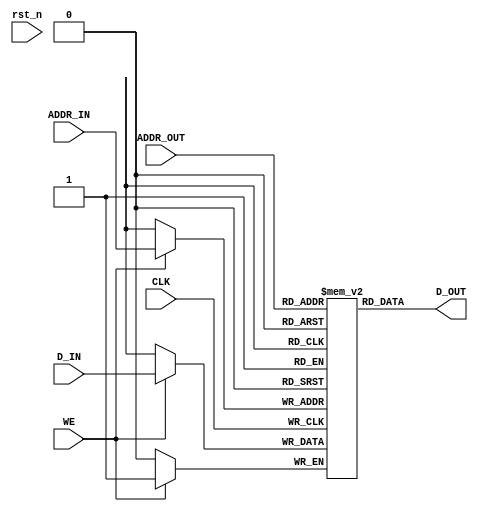
/*
 * These source files contain a hardware description of a network
 * automatically generated by CONNECT (CONfigurable NEtwork Creation Tool).
 *
 * This product includes a hardware design developed by Carnegie Mellon
 * University.
 *
 * Copyright (c) 2012 by Michael K. Papamichael, Carnegie Mellon University
 *
 * For more information, see the CONNECT project website at:
 *   http://www.ece.cmu.edu/~mpapamic/connect
 *
 * This design is provided for internal, non-commercial research use only, 
 * cannot be used for, or in support of, goods or services, and is not for
 * redistribution, with or without modifications.
 * 
 * You may not use the name "Carnegie Mellon University" or derivations
 * thereof to endorse or promote products derived from this software.
 *
 * THE SOFTWARE IS PROVIDED "AS-IS" WITHOUT ANY WARRANTY OF ANY KIND, EITHER
 * EXPRESS, IMPLIED OR STATUTORY, INCLUDING BUT NOT LIMITED TO ANY WARRANTY
 * THAT THE SOFTWARE WILL CONFORM TO SPECIFICATIONS OR BE ERROR-FREE AND ANY
 * IMPLIED WARRANTIES OF MERCHANTABILITY, FITNESS FOR A PARTICULAR PURPOSE,
 * TITLE, OR NON-INFRINGEMENT.  IN NO EVENT SHALL CARNEGIE MELLON UNIVERSITY
 * BE LIABLE FOR ANY DAMAGES, INCLUDING BUT NOT LIMITED TO DIRECT, INDIRECT,
 * SPECIAL OR CONSEQUENTIAL DAMAGES, ARISING OUT OF, RESULTING FROM, OR IN
 * ANY WAY CONNECTED WITH THIS SOFTWARE (WHETHER OR NOT BASED UPON WARRANTY,
 * CONTRACT, TORT OR OTHERWISE).
 *
 */


///////////////////////////////////
// RegFile_1ports Verilog module
///////////////////////////////////

`ifdef BSV_ASSIGNMENT_DELAY
`else
  `define BSV_ASSIGNMENT_DELAY
`endif

// Multi-ported Register File
//(* ram_style = "distributed" *)
//(* ram_extract = "no" *)
module RegFile_1port(CLK, rst_n,
               ADDR_IN, D_IN, WE,
               ADDR_OUT, D_OUT
               );

   // synopsys template   
   parameter                   data_width = 1;
   parameter                   addr_width = 1;
   parameter                   depth = 1<<addr_width;
   //parameter                   lo = 0;
   //parameter                   hi = 1;
   
   input                       CLK;
   input                       rst_n;
   input [addr_width - 1 : 0]  ADDR_IN;
   input [data_width - 1 : 0]  D_IN;
   input                       WE;
   
   input [addr_width - 1 : 0]  ADDR_OUT;
   output [data_width - 1 : 0] D_OUT;

   //reg [data_width - 1 : 0]    arr[lo:hi];
   reg [data_width - 1 : 0]    arr[0 : depth-1];
   
   
//`ifdef BSV_NO_INITIAL_BLOCKS
//`else // not BSV_NO_INITIAL_BLOCKS
//   // synopsys translate_off
//   initial
//     begin : init_block
//        integer                     i; 		// temporary for generate reset value
//        for (i = lo; i <= hi; i = i + 1) begin
//           arr[i] = {((data_width + 1)/2){2'b10}} ;
//        end 
//     end // initial begin   
//   // synopsys translate_on
//`endif // BSV_NO_INITIAL_BLOCKS


   always@(posedge CLK)
     begin
        if (WE)
          arr[ADDR_IN] <= `BSV_ASSIGNMENT_DELAY D_IN;
     end // always@ (posedge CLK)

   assign D_OUT  = arr[ADDR_OUT ];

endmodule